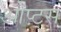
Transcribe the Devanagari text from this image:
ओप्ट्स